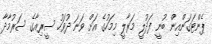
ޕެންޓަގަންއިން ބުނީ ފަދުލީ މަރާލީ މިމަހުގެ އަށް ވަނަ ދުވަހު ސީރިއާގެ ސަރުމާދާ